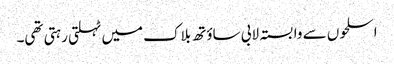
اسلحوں سے وابستہ لابی ساؤتھ بلاک میں ٹہلتی رہتی تھی۔